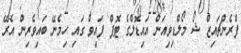
ފްރެންޗައިޒް ޝޯ މޯލްޑިވިއަން އައިޑޮލްގެ ޓޮޕް ފައިވް ގައި ހިމެނޭ ބައިވެރިން އެރޭ